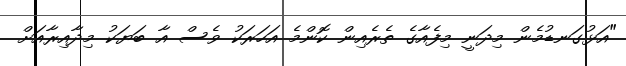
"އަޅުގަނޑުމެން މިދަނީ މިފެއާގެ ތެރެއިން ކޮންމެ އަހަރަކު ވެސް އާ ބަޔަކު މިދާއިރާއަށް